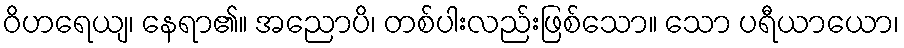
ဝိဟရေယျ၊ နေရာ၏။ အညောပိ၊ တစ်ပါးလည်းဖြစ်သော။ သော ပရီယာယော၊